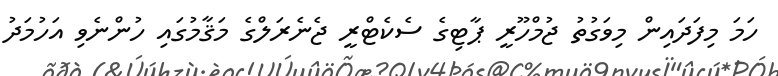
ހަމަ މިފަދައިން މިވަގުތު ޖުމްހޫރީ ޕާޓިގެ ސެކެޓްރީ ޖެނެރަލްގެ މަޤާމުގައި ހުންނެވި އަހުމަދު